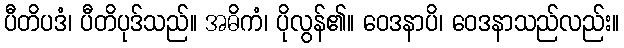
ပီတိပဒံ၊ ပီတိပုဒ်သည်။ အဓိကံ၊ ပိုလွန်၏။ ဝေဒနာပိ၊ ဝေဒနာသည်လည်း။